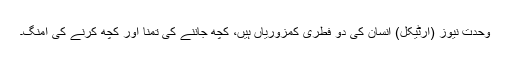
وحدت نیوز (آرٹیکل) انسان کی دو فطری کمزوریاں ہیں، کچھ جاننے کی تمنا اور کچھ کرنے کی امنگ۔